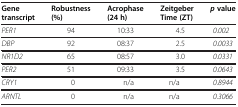
<table><thead><tr><td><b>Gene transcript</b></td><td><b>Robustness (%)</b></td><td><b>Acrophase (24 h)</b></td><td><b>Zeitgeber Time (ZT)</b></td><td><b><i>p</i>value</b></td></tr></thead><tbody><tr><td><i>PER1</i></td><td>94</td><td>10:33</td><td>4.5</td><td><i>0.002</i></td></tr><tr><td><i>DBP</i></td><td>92</td><td>08:37</td><td>2.5</td><td><i>0.0033</i></td></tr><tr><td><i>NR1D2</i></td><td>65</td><td>08:57</td><td>3.0</td><td><i>0.0331</i></td></tr><tr><td><i>PER2</i></td><td>51</td><td>09:33</td><td>3.5</td><td><i>0.0643</i></td></tr><tr><td><i>CRY1</i></td><td>0</td><td>n/a</td><td>n/a</td><td><i>0.8944</i></td></tr><tr><td><i>ARNTL</i></td><td>0</td><td>n/a</td><td>n/a</td><td><i>0.3066</i></td></tr></tbody></table>